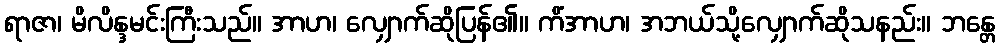
ရာဇာ၊ မိလိန္ဒမင်းကြီးသည်။ အာဟ၊ လျှောက်ဆိုပြန်၏။ ကိံအာဟ၊ အဘယ်သို့လျှောက်ဆိုသနည်း။ ဘန္တေ